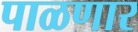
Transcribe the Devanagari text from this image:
पाळणार